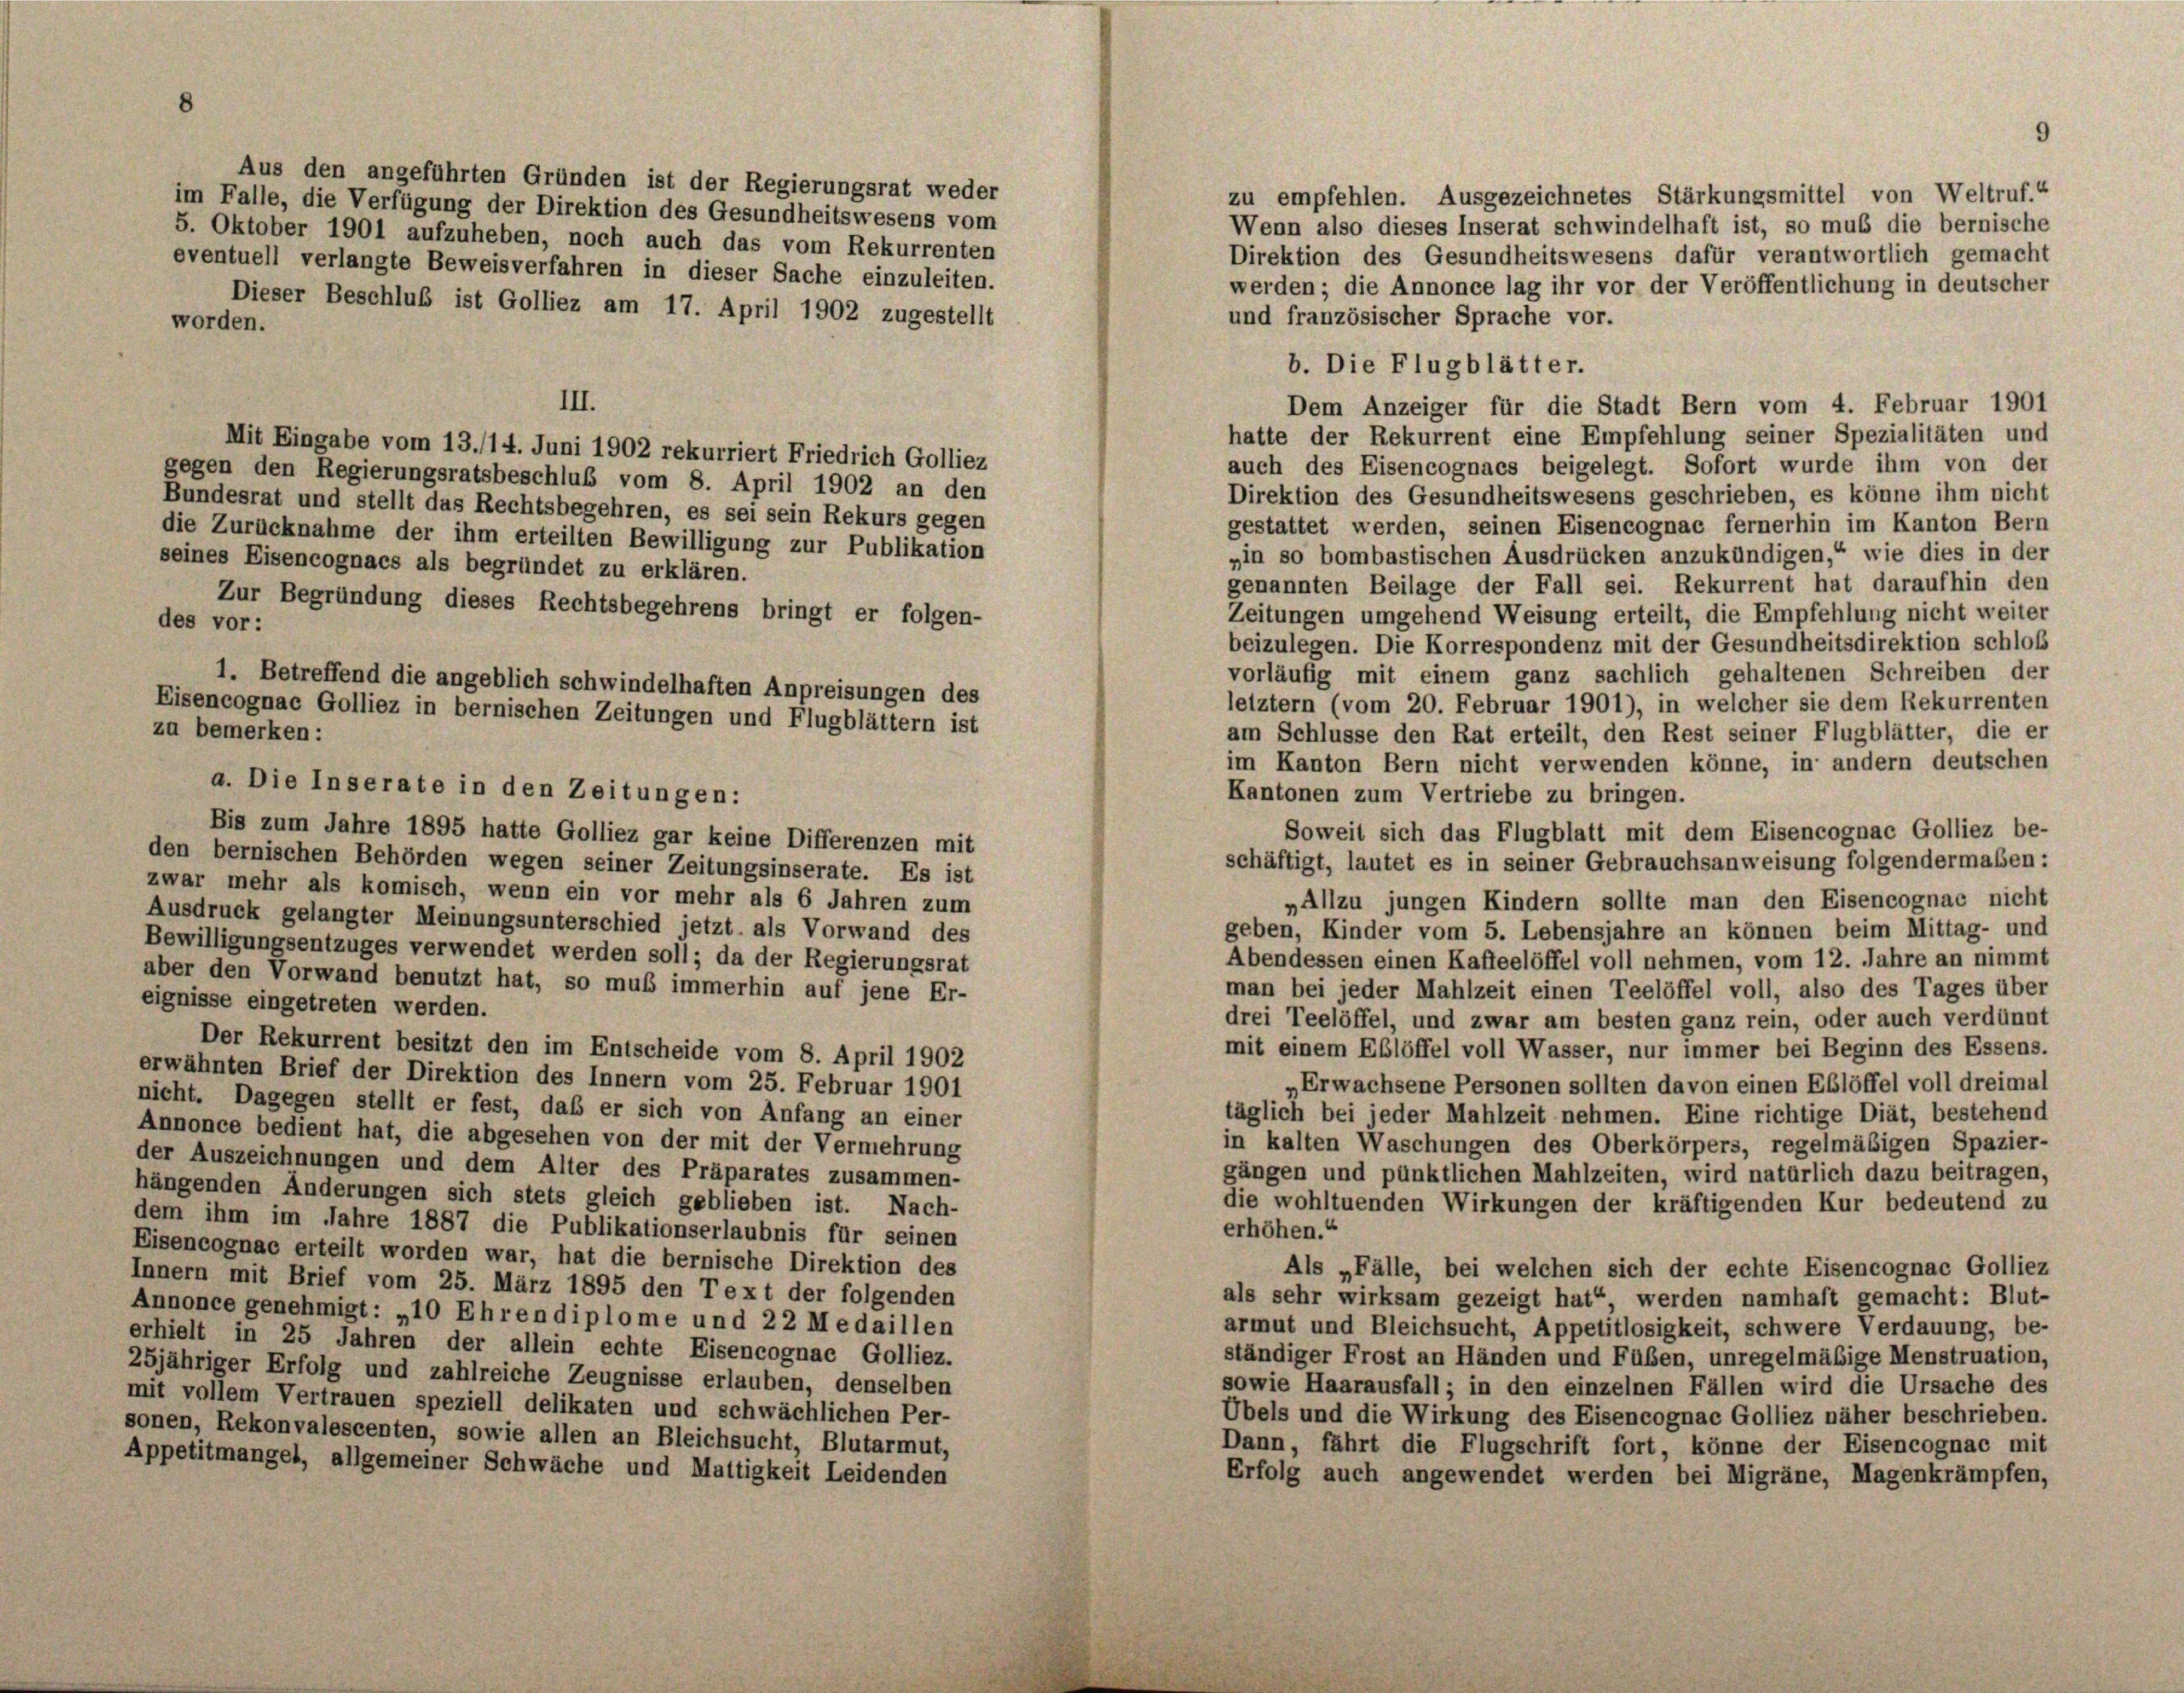
Aus den angeführten Gründen ist der Regierungsrat weder
zu empfehlen. Ausgezeichnetes Stärkungsmittel von Weltruf.“
im Falle, die Verfügung der Direktion des Gesundheitswesens vom
Wenn also dieses Inserat schwindelhaft ist, so muß die bernische
5. Oktober 1901 aufzuheben, noch auch das vom Rekurrenten
Direktion des Gesundheitswesens dafür verantwortlich gemacht
eventuell verlangte Beweisverfahren in dieser Sache einzuleiten.
werden; die Annonce lag ihr vor der Veröffentlichung in deutscher
Dieser Beschluß ist Golliez am 17. April 1902 zugestellt
und französischer Sprache vor.
worden.
III.
Dem Anzeiger für die Stadt Bern vom 4. Februar 1901
hatte der Rekurrent eine Empfehlung seiner Spezialitäten und
Mit Eingabe vom 13./14. Juni 1902 rekurriert Friedrich Golliez
auch des Eisencognacs beigelegt. Sofort wurde ihm von der
gegen den Regierungsratsbeschluß vom 8. April 1902 an den
Direktion des Gesundheitswesens geschrieben, es könne ihm nicht
Bundesrat und stellt das Rechtsbegehren, es sei sein Rekurs gegen
gestattet werden, seinen Eisencognac fernerhin im Kanton Bern
die Zurücknahme der ihm erteilten Bewilligung zur Publikation
„in so bombastischen Ausdrücken anzukündigen,“ wie dies in der
seines Eisencognacs als begründet zu erklären.
genannten Beilage der Fall sei. Rekurrent hat daraufhin den
Zur Begründung dieses Rechtsbegehrens bringt er folgen-
Zeitungen umgehend Weisung erteilt, die Empfehlung nicht weiter
des vor:
beizulegen. Die Korrespondenz mit der Gesundheitsdirektion schloß
vorläufig mit einem ganz sachlich gehaltenen Schreiben der
1. Betreffend die angeblich schwindelhaften Anpreisungen des
letztem (vom 20. Februar 1901), in welcher sie dem Rekurrenten
Eisencognac Golliez in bernischen Zeitungen und Flugblättern ist
zu bemerken:
am Schlüsse den Rat erteilt, den Rest seiner Flugblätter, die er
im Kanton Bern nicht verwenden könne, in andern deutschen
Kantonen zum Vertriebe zu bringen.
Soweit sich das Flugblatt mit dem Eisencognac Golliez be-
Bis zum Jahre 1895 hatte Golliez gar keine Differenzen mit
den bernischen Behörden wegen seiner Zeitungsinserate. Es ist
schäftigt, lautet es in seiner Gebrauchsanweisung folgendermaßen:
zwar mehr als komisch, wenn ein vor mehr als 6 Jahren zum
„Allzu jungen Kindern sollte man den Eisencognae nicht
Ausdruck gelangter Meinungsunterschied jetzt als Vorwand des
geben, Kinder vom 5. Lebensjahre an können beim Mittag- und
Bewilligungsentzuges verwendet werden soll; da der Regierungsrat
Abendessen einen Kaffeelöffel voll nehmen, vom 12. Jahre an nimmt
aber den Vorwand benutzt hat, so muß immerhin auf jene Er-
man bei jeder Mahlzeit einen Teelöffel voll, also des Tages über
eignisse eingetreten werden.
drei Teelöffel, und zwar am besten ganz rein, oder auch verdünnt
Der Rekurrent besitzt den im Entscheide vom 8. April 1902
mit einem Eßlöffel voll Wasser, nur immer bei Beginn des Essens.
erwähnten Brief der Direktion des Innern vom 25. Februar 1901
Erwachsene Personen sollten davon einen Eßlöffel voll dreimal
nicht. Dagegen stellt er fest, daß er sich von Anfang an einer
täglich bei jeder Mahlzeit nehmen. Eine richtige Diät, bestehend
Annonce bedient hat, die abgesehen von der mit der Vermehrung
in kalten Waschungen des Oberkörpers, regelmäßigen Spazier-
der Auszeichnungen und dem Alter des Präparates zusammen-
gängen und pünktlichen Mahlzeiten, wird natürlich dazu beitragen,
hängenden Änderungen sich stets gleich geblieben ist. Nach-
die wohltuenden Wirkungen der kräftigenden Kur bedeutend zu
dem ihm im Jahre 1887 die Publikationserlaubnis für seinen
erhöhen.“
Eisencognac erteilt worden war, hat die bernische Direktion des
Als „Fälle, bei welchen sich der echte Eisencognac Golliez
Innern mit Brief vom 25. März 1895 den Text der folgenden
als sehr wirksam gezeigt hat“ werden namhaft gemacht: Blut-
Annonce genehmigt: „10 Ehren diplome und 22 Medaillen
armut und Bleichsucht, Appetitlosigkeit, schwere Verdauung, be-
erhielt in 25 Jahren der allein echte Eisencognac Golliez.
ständiger Frost an Händen und Füßen, unregelmäßige Menstruation,
25jähriger Erfolg und zahlreiche Zeugnisse erlauben, denselben
sowie Haarausfall; in den einzelnen Fällen wird die Ursache des
mit vollem Vertrauen speziell delikaten und schwächlichen Per-
Übels und die Wirkung des Eisencognac Golliez näher beschrieben.
sonen, Rekonvalescenten, sowie allen an Bleichsucht, Blutarmut,
Dann, fährt die Flugschrift fort, könne der Eisencognac mit
Appetitmangel, allgemeiner Schwäche und Mattigkeit Leidenden
Erfolg auch angewendet werden bei Migräne, Magenkrämpfen,

a. Die Inserate in den Zeitungen:

b. Die Flugblätter.